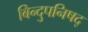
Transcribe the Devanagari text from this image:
बिन्दुपनिषद्